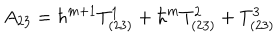
LaTeX: A _ { 2 3 } = \hbar ^ { m + 1 } T _ { ( 2 3 ) } ^ { 1 } + \hbar ^ { m } T _ { ( 2 3 ) } ^ { 2 } + T _ { ( 2 3 ) } ^ { 3 }